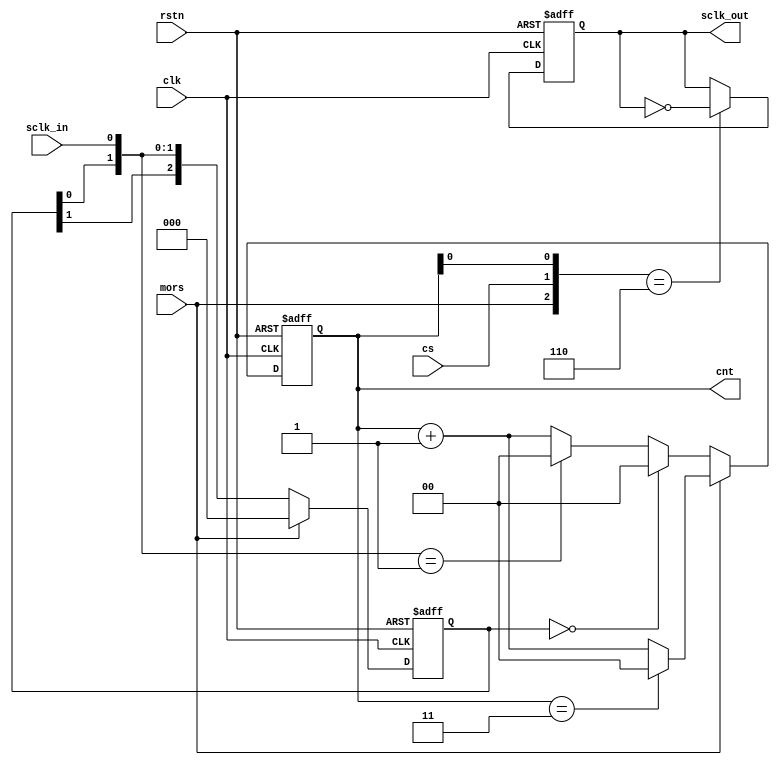
//==============================================================================
// Module name: spi_counter
// Description: a counter of spi
// -------------------------------------------------
// Modification log here:
// Author     :
// Date       : 
// Message    :
//==============================================================================
module spi_counter
#(
  parameter RSTN = 2'b00,
  parameter SCNT = 2'b01,
  parameter MCNT = 2'b10
)
(
  input             clk,
  input             rstn,
  
  input             cs,
  input             mors,

  output reg  [1:0] cnt,

  input             sclk_in,
  output reg        sclk_out
);

  reg  [2:0] sclk_in_reg;
  reg  [1:0] current_state;
  reg  [1:0] next_state;

  always @(posedge clk or negedge rstn) begin
    if(!rstn) 
      sclk_in_reg <= 3'b000;
    else if(mors == 1'b0)      
      sclk_in_reg <= {sclk_in_reg[1:0],sclk_in};
    else 
      sclk_in_reg <= 1'b0;
  end

//as a master
  always @(posedge clk or negedge rstn) begin
    if(!rstn)
      sclk_out <= 1'b0;
    else if({mors,cs,cnt[0]} == 3'b110)
      sclk_out <= ~sclk_out;
  end

  always @(posedge clk or negedge rstn) begin
    if(!rstn) cnt <= 2'b00;
    else if(mors == 1'b1) begin
      if(cnt == 2'b11) cnt <= 2'b00;
      else             cnt <= cnt + 1'b1;
    end
    else begin
      if(sclk_in_reg == 3'b000)
          cnt <= 2'b00;
      else if({sclk_in_reg[0],sclk_in} == 2'b01)
        cnt   <= 2'b00;
      else 
        cnt   <= cnt + 1'b1; 
    end
  end

/*
  always @(posedge clk or negedge rstn) begin
    if(!rstn) current_state <= RSTN;
    else      current_state <= next_state;
  end

  always @(posedge clk) begin
    case (next_state)
      SCNT: begin
        if(mors == 1'b1) 
          next_state = MCNT;
        else             
          next_state = SCNT;
      end
      MCNT: begin
        if(mors == 1'b0) 
          next_state = SCNT;
        else             
          next_state = MCNT;
      end
      default:next_state = SCNT;
    endcase
  end

  always @(posedge clk) begin
    case(current_state)
      RSTN: begin
        cnt <= 2'b00;
      end
      SCNT: begin
        if(SCLK_reg == 3'b000)
          cnt <= 2'b00;
        else if({SCLK_reg[0],SCLK} == 2'b01)
          cnt <= 2'b00;
        else 
          cnt <= cnt + 1'b1; 
      end
      MCNT: begin
        if(cnt == 2'b11) cnt <= 2'b00;
        else             cnt <= cnt + 1'b1;
      end
    endcase
  end*/
endmodule